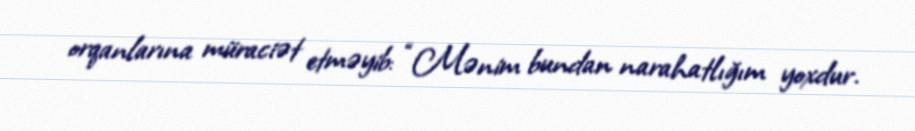
orqanlarına müraciət etməyib: “Mənim bundan narahatlığım yoxdur.